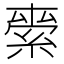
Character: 𮈖